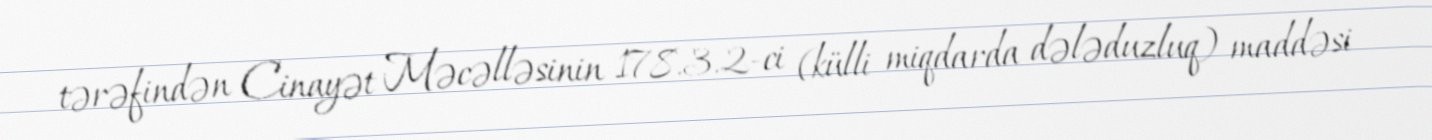
tərəfindən Cinayət Məcəlləsinin 178.3.2-ci (külli miqdarda dələduzluq) maddəsi